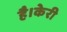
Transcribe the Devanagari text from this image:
है।केरी